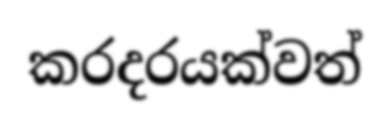
කරදරයක්වත්